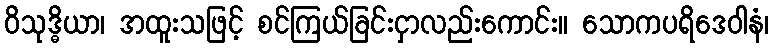
ဝိသုဒ္ဓိယာ၊ အထူးသဖြင့် စင်ကြယ်ခြင်းငှာလည်းကောင်း။ သောကပရိဒေဝါနံ၊